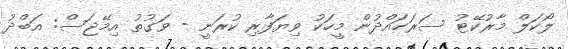
ލޯކަލް މާރުކޭޓު ސަރަހައްދުން މީހަކު ވިޔަފާރި ކުރަނީ - ވަގުތު އިމޭޖަސް: އަބްދު